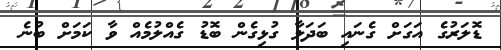
ޑޮލަރުގެ އަގަށް ގެނައި ބަދަލާ ގުޅިގެން ބޮޑު ގެއްލުމެއް ވާ ކަމަށް ބުނެ